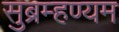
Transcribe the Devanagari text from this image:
सुब्रम्हण्यम